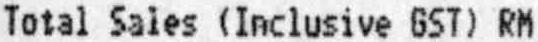
TOTAL SALES (INCLUSIVE GST) RM